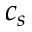
c _ { s }